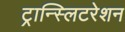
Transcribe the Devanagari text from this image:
ट्रान्स्लिटरेशन